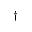
\dagger